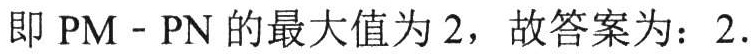
即 \(PM - PN\) 的最大值为 \(2\)，故答案为：\(2\).